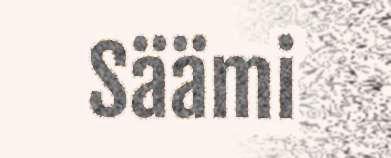
Säämi